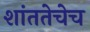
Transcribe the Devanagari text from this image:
शांततेचेच